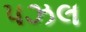
પઝલ